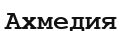
Ахмедия